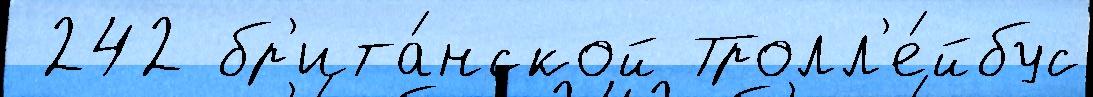
 242 бр'ита́нской Тролл'е́йбус